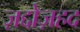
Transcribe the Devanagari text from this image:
ज़द्दोज़हद